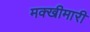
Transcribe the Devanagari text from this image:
मक्खीमारी